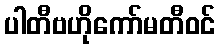
ပါတီဗဟိုကော်မတီဝင်